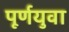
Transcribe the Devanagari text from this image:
पूर्णयुवा